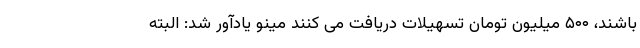
باشند، ۵۰۰ میلیون تومان تسهیلات دریافت می کنند مینو یادآور شد: البته